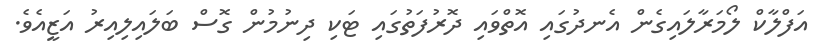
އަފްލާކް ލޯމަރާލައިގެން އެނދުގައި އޮތްވައި ދޮރުފަތުގައި ޓަކި ދިނުމުން ގޮސް ބަލައިލިއިރު އަޒީއެވެ.